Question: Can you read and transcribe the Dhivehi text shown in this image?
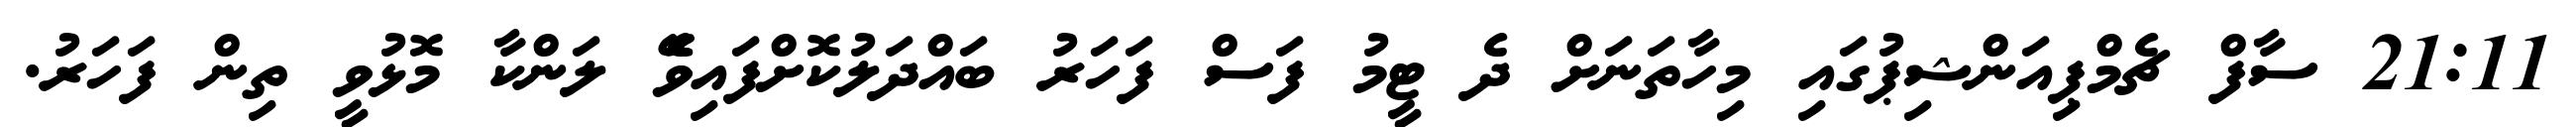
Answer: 21:11 ސާފް ޗެމްޕިއަންޝިޕުގައި މިހާތަނަށް ދެ ޓީމު ފަސް ފަހަރު ބައްދަލުކޮށްފައިވެޭ ލަންކާ މޮޅުވީ ތިން ފަހަރު.